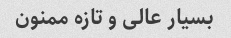
بسیار عالی و تازه ممنون